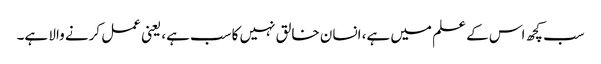
سب کچھ اس کے علم میں ہے، انسان خالق نہیں کاسب ہے، یعنی عمل کرنے والا ہے۔